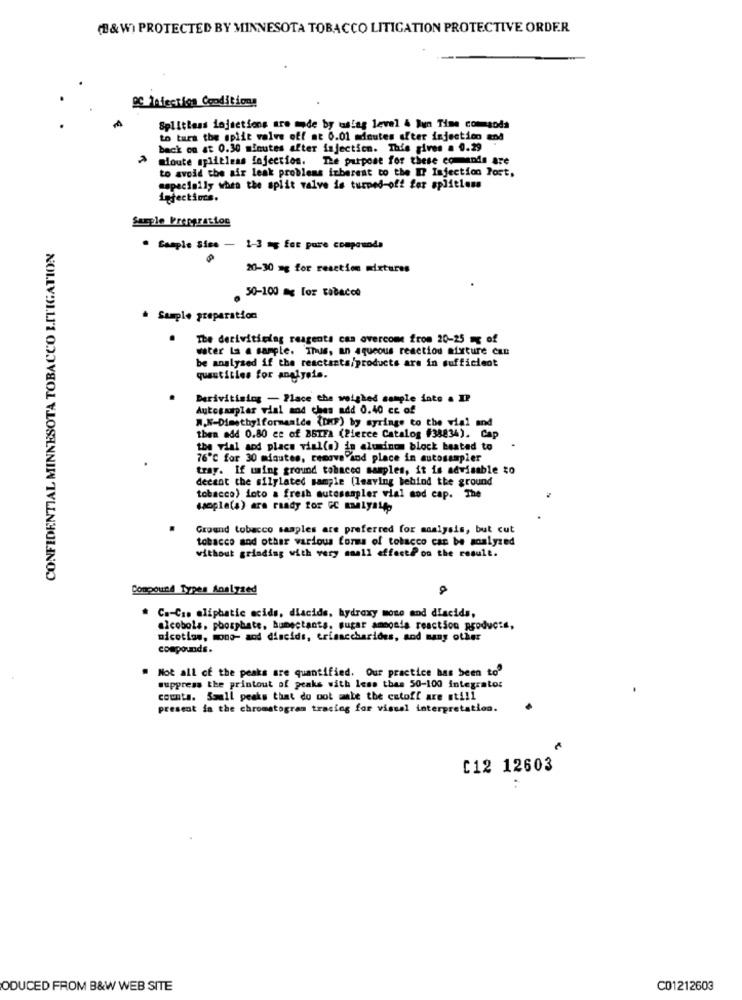
(B&W) PROTECTED BY MINNESOTA TOBACCO LITIGATION PROTECTIVE ORDER
9C 'Aiection Conditions
Splitless injections are made by toslag level & lun Time commands
to tura the split valve off at 6.01 minutes after injection and
back on at 0.30 minutes after injection. This gives a 0.29
mloute splitless Infection. The purpose for these comands are
to avoid the air leak problems inberent to the IP Injection Post,
aspecially when the split valve is turned-off for splitless
infections.
Sample Preparation
CONFIDENTIAL MINNESOTA TOBACCO LITIGATION
· Sample Sise - 1-3 mg for puro compounds
20-30 mg for reaction mixtures
. 50-100 mg lor tabacco
* Sample preparation
The deriviticing reagents cas overcome from 20-25 mg of
water la a sample. Thus, an aqueous reaction mixture can
be analysed if the reactants/products are in sufficient
questitles for analysis.
Derivitising - Place the weighed sample into a IP
Autosampler vial and ches add 0.40 cc of
then add 0.80 ce of B5IFA (Pierce Catalog #38834), Cap
W.K-Dimethylformaalde {thF) by syringe to the vial and
the vial and place vial(a) in aluminum block beated to
76℃ for 30 minutes, remove sod place in autosampler
tray. If using ground tohacen samples, it is advisable to
decent the silylated sample (leaving behind the ground
tobacco) into a fresh autosampler vial sod cap. The
sample(s) are ready for CC malyalp
Ground tobacco samples are preferred for moalysis, but cut
tobacco and other various forms of tobacco can be analyzed
without grinding with very small effectPoo the result.
Compound Types Analyzed
. Ca-Cio aliphatic acids, diacids, hydroxy mono and diacids,
alcobols, phosphate, humectants. sugar ammosta reaction products,
picotias, mono- and discids, erisaccharides, and many other
compounds.
Not all of the peaks are quantified. Our practice has been to
suppress the printout of peaks with less than 50-100 integrato:
counts. Small peaks that do not make the cutoff are still
present in the chromatogram tracing for visual interpretation.
C12 12603
ODUCED FROM B&W WEB SITE
C01212603